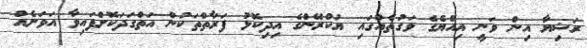
ރަޝިޔާ އިން ވަނީ އިއްޔެގެ ވަގުތެއްގައި ޔުކްރޭންގެ އިދިކޮޅު ފަރާތްތަކުން އަތްގަދަކޮށްފައިވާ އަވަށެއް